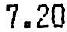
7.20